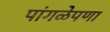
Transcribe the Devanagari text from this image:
पांगळेपणा